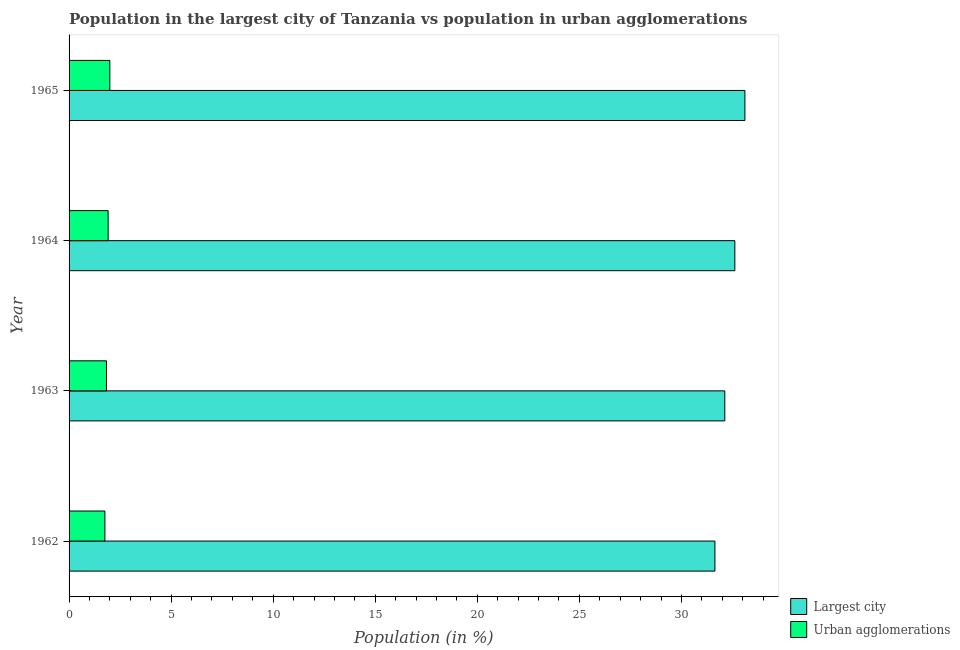
| Year | Largest city | Urban agglomerations |
 | --- | --- | --- |
 | 1962 | 31.6 | 1.76 |
 | 1963 | 32.1 | 1.83 |
 | 1964 | 32.6 | 1.91 |
 | 1965 | 33.1 | 2 |